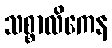
သစ္စာလိကေန